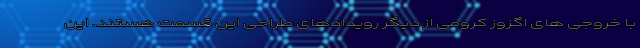
با خروجی های اگزوز کرومی از دیگر رویدادهای طراحی این قسمت هستند. این